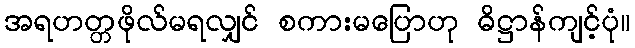
အရဟတ္တဖိုလ်မရလျှင် စကားမပြောဟု ဓိဋ္ဌာန်ကျင့်ပုံ။